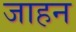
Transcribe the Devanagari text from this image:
जाहन